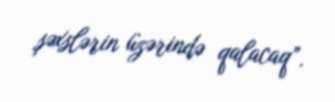
şəxslərin üzərində qalacaq”.